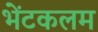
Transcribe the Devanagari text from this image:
भेंटकलम